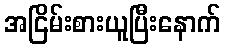
အငြိမ်းစားယူပြီးနောက်